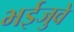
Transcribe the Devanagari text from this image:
भईजुवे